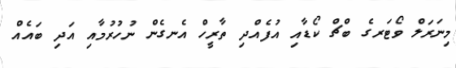
މިނަރަލް ވޯޓަރގެ ބްޗް ކޯޑާއި އުފެއްދި ތާރީހް އެނގެން ނުހުރުމާއި އަދި ބައެއް